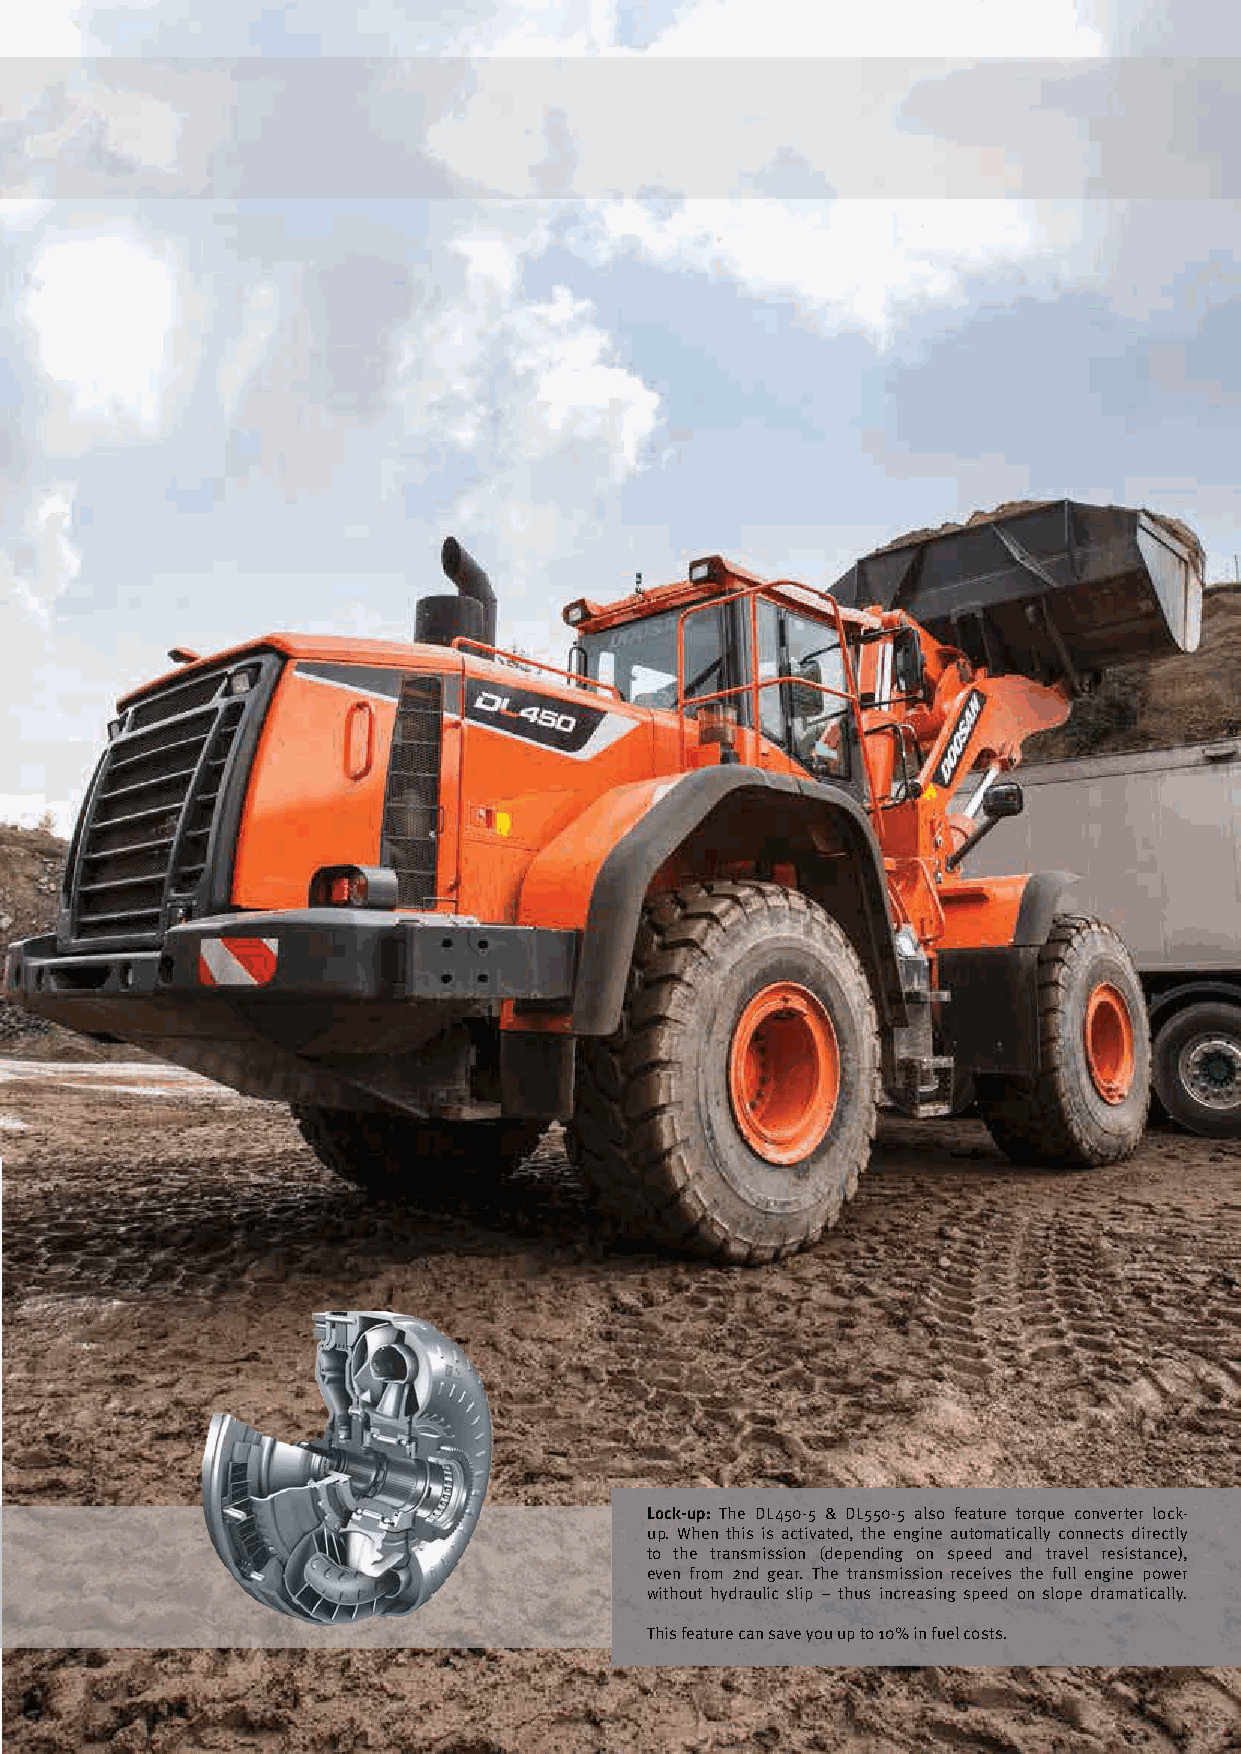
Lock-up: The DL450-5 & DL550-5 also feature torque converter lock-
 up. When this is activated, the engine automatically connects directly
 to the transmission (depending on speed and travel resistance),
 even from 2nd gear. The transmission receives the full engine power
 without hydraulic slip – thus increasing speed on slope dramatically.
 This feature can save you up to 10% in fuel costs.
 | 7